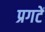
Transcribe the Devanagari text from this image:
प्रगटें